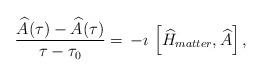
LaTeX: \begin{align*}\frac{\widehat{A}(\tau)-\widehat{A}(\tau)}{\tau-\tau_0}=\,-\imath\,\left[\widehat{H}_{matter},\widehat{A}\right],\end{align*}